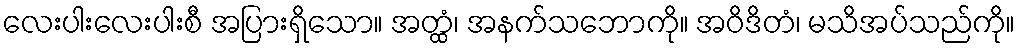
လေးပါးလေးပါးစီ အပြားရှိသော။ အတ္ထံ၊ အနက်သဘောကို။ အဝိဒိတံ၊ မသိအပ်သည်ကို။